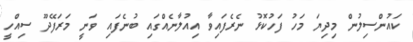
ކައުންސިލުން މިދިޔަ މަހު ފަހުކޮޅު ނެރެފައިވާ އިއުލާނެއްގައި ބުނެފައި ވަނީ މަރަފޭދޫ ސިއްހީ